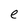
Character: e